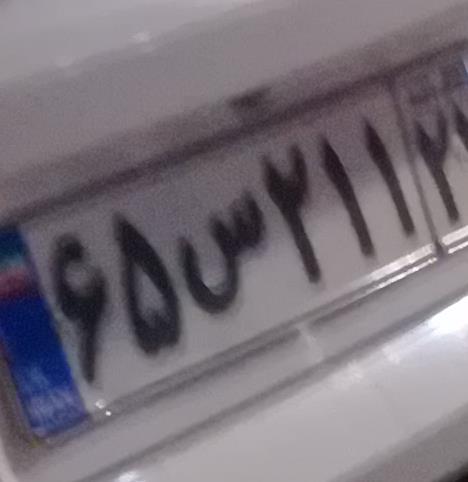
۶۵س۲۱۱۲۲